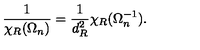
\frac { 1 } { \chi _ { R } ( \Omega _ { n } ) } = \frac { 1 } { d _ { R } ^ { 2 } } \chi _ { R } ( \Omega _ { n } ^ { - 1 } ) .